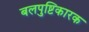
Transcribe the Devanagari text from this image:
बलपुष्टिकारक